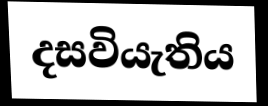
දසවියැතිය